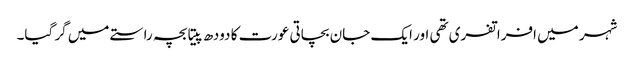
شہر میں افراتفری تھی اور ایک جان بچاتی عورت کا دودھ پیتا بچہ راستے میں گر گیا۔